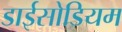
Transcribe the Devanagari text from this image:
डाईसोडियम